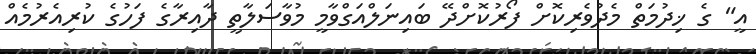
އީ" ގެ ޚިދުމަތް މެދުވެރިކޮށް ފޯރުކޮށްދޭ ބައިނަލްއަގްވާމީ މުވާސަލާތީ ދާއިރާގެ ފަހުގެ ކުރިއެރުމެއް